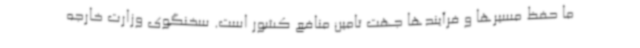
ما حفظ مسیرها و فرآیندها جهت تامین منافع کشور است. سخنگوی وزارت خارجه